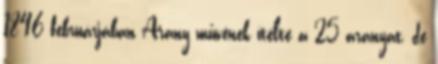
1846 februárjában Arany művének ítélte a 25 aranyat, de